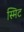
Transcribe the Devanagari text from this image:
स्मिट